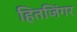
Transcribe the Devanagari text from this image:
हितजिंगर